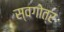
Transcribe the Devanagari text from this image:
स्वगोत्र